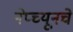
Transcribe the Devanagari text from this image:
नेप्च्यूनचे